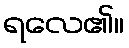
ရလေ၏။